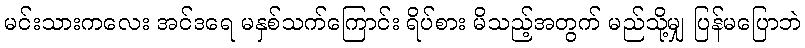
မင်းသားကလေး အင်ဒရေ မနှစ်သက်ကြောင်း ရိပ်စား မိသည့်အတွက် မည်သို့မျှ ပြန်မပြောဘဲ